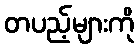
တပည့်များကို